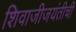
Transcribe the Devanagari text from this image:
शिवाजीजयंतीची